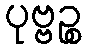
ပုဗ္ဗဉ္စ